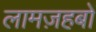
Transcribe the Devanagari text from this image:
लामज़हबों